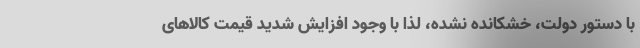
با دستور دولت، خشکانده نشده، لذا با وجود افزایش شدید قیمت کالا‌های